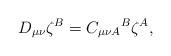
LaTeX: \begin{align*}D_{\mu \nu }\zeta ^{B}=C_{\mu \nu A}{}^{B}\zeta ^{A}, \end{align*}